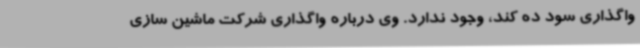
واگذاری سود ده کند، وجود ندارد. وی درباره واگذاری شرکت ماشین سازی